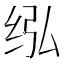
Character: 𰬋